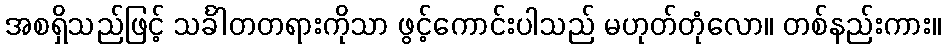
အစရှိသည်ဖြင့် သင်္ခါတတရားကိုသာ ဖွင့်ကောင်းပါသည် မဟုတ်တုံလော။ တစ်နည်းကား။